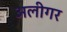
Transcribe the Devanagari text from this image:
अलीगर